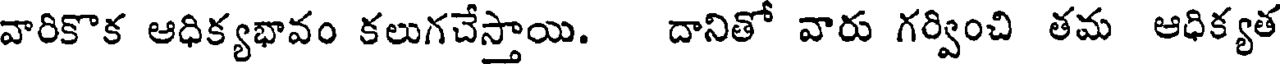
వారికొక ఆధిక్యభావం కలుగచేస్తాయి. దానితో వారు గర్వించి తమ ఆధిక్యత